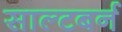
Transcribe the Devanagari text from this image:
साल्टबर्न